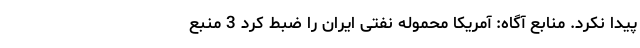
پیدا نکرد. منابع آگاه: آمریکا محموله نفتی ایران را ضبط کرد 3 منبع